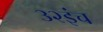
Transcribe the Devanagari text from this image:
३२इंच